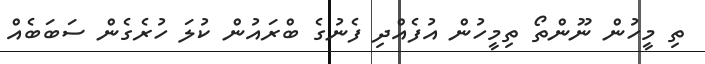
ތި މީހުން ނޫންތޯ ތިމީހުން އުފެއްދި ފެނުގެ ބްރައުން ކުލަ ހުރެގެން ސަބަބެއް